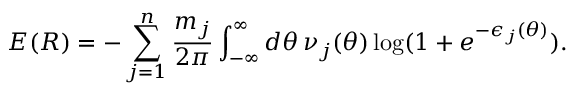
E ( R ) = - \sum _ { j = 1 } ^ { n } \frac { m _ { j } } { 2 \pi } \int _ { - \infty } ^ { \infty } d \theta \, \nu _ { j } ( \theta ) \log ( 1 + e ^ { - \epsilon _ { j } ( \theta ) } ) .